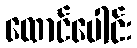
ထောင်ပေါင်း